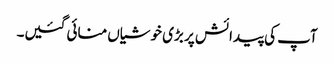
آپ کی پیدائش پر بڑی خوشیاں منائی گئیں۔